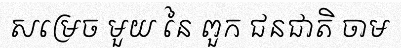
សម្រេច មួយ នៃ ពួក ជនជាតិ ចាម